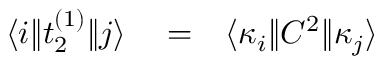
\begin{array} { r l r } { \langle i \| t _ { 2 } ^ { ( 1 ) } \| j \rangle } & { { } = } & { \langle \kappa _ { i } \| C ^ { 2 } \| \kappa _ { j } \rangle } \end{array}